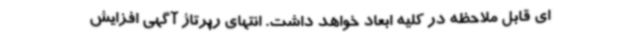
ای قابل ملاحظه در کلیه ابعاد خواهد داشت. انتهای رپرتاژ آگهی افزایش